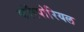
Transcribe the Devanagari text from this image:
कॉरपोरियल